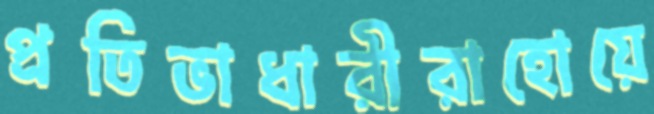
প্রতিভাধারীরাহোয়ে